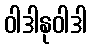
ဝါဒါနုဝါဒါ